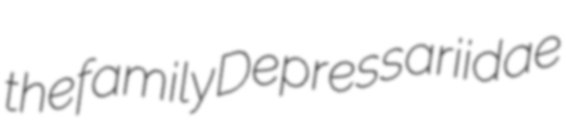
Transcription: the family Depressariidae